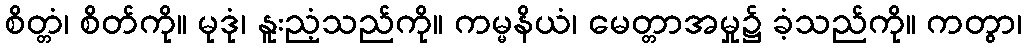
စိတ္တံ၊ စိတ်ကို။ မုဒုံ၊ နူးညံ့သည်ကို။ ကမ္မနိယံ၊ မေတ္တာအမှု၌ ခံ့သည်ကို။ ကတွာ၊